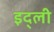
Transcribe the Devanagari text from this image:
इद्ली